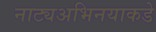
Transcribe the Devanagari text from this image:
नाट्यअभिनयाकडे